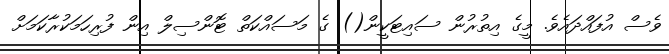
ވެސް އުފައްދައެވެ. މީގެ އިތުރުން ސައިޓަކީން() ގެ މަސައްކަތް ޓޮންސިލް އިން ފުރިހަމަކުރާކަމަށް